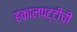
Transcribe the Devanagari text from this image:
हकालपट्टीची